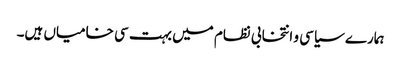
ہمارے سیاسی و انتخابی نظام میں بہت سی خامیاں ہیں۔